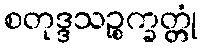
စတုဒ္ဒသဉ္စက္ခတ္တုံ